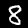
Digit: 8